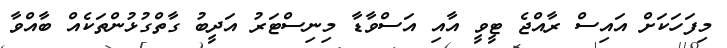
މިފަހަކަށް އައިސް ރާއްޖެ ޓީވީ އާއި އަސްވާޑާ މިނިސްޓަރު އަދީބު ގާތްގުޅުންތަކެއް ބާއްވާ